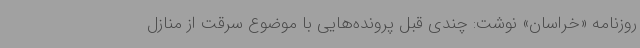
روزنامه «خراسان» نوشت: چندی قبل پرونده‌هایی با موضوع سرقت از منازل